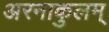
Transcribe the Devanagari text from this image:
अरनाकुलम्‌